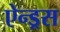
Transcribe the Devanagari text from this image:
ऐन्ड्रस